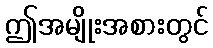
ဤအမျိုးအစားတွင်